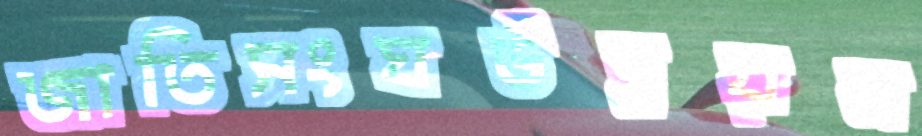
জাতিসংঘউন্নয়ন